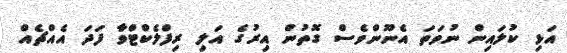
އަޅި ކުލައިން ނުވަތަ އެނޫންވެސް ގޮތުން އިރުގެ އަލި ރިފްލެކްޓްވާ ފަދަ އެއްޗެއް